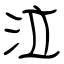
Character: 泣